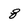
Character: 8